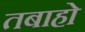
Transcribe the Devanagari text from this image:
तबाहो